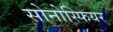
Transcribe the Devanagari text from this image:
सोनोस्फियर